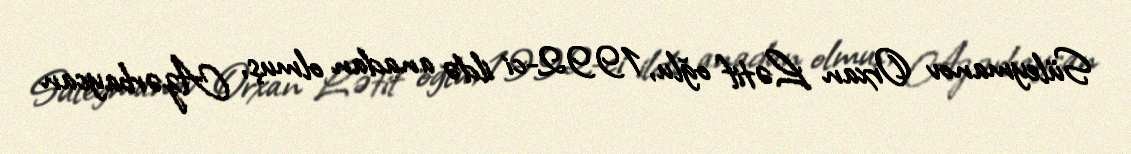
Süleymanov Orxan Lətif oğlu, 1992-ci ildə anadan olmuş, Azərbaycan